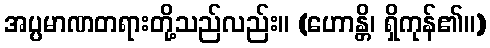
အပ္ပမာဏတရားတို့သည်လည်း။ (ဟောန္တိ၊ ရှိကုန်၏။)